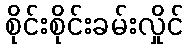
စိုင်းစိုင်းခမ်းလှိုင်